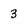
Character: 3